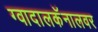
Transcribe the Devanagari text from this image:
ग्वादालकॅनालवर